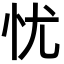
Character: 忧